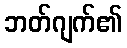
ဘတ်ဂျက်၏